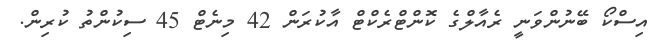
އިސްކޯ ބޭނުންވަނީ ރެއާލްގެ ކޮންޓްރެކްޓް އާކުރަން 42 މިނެޓް 45 ސިކުންތު ކުރިން.